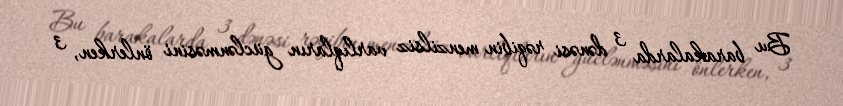
Bu barakalarda 3 dənəsi rəqibin menzilsiz varlıqların güclənməsini önlerken, 3